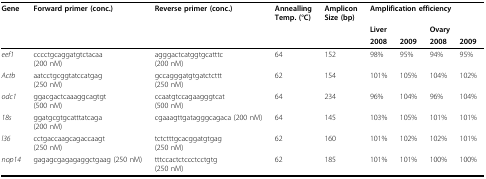
| Gene | Forward primer (conc.) | Reverse primer (conc.) | AnneallingTemp. (°C) | AmpliconSize (bp) | <COLSPAN=4> Amplification efficiency |
 |  |  |  |  |  | <COLSPAN=2> Liver | <COLSPAN=2> Ovary |
 |  |  |  |  |  | 2008 | 2009 | 2008 | 2009 |
 | --- | --- | --- | --- | --- | --- | --- | --- | --- |
 | eef1 | cccctgcaggatgtctacaa(200 nM) | agggactcatggtgcatttc(200 nM) | 64 | 152 | 98% | 95% | 94% | 95% |
 | Actb | aatcctgcggtatccatgag(250 nM) | gccagggatgtgatctcttt(250 nM) | 62 | 154 | 101% | 105% | 104% | 102% |
 | odc1 | ggacgactcaaaggcagtgt(500 nM) | ccaatgtccagaagggtcat(500 nM) | 64 | 234 | 96% | 104% | 96% | 104% |
 | 18s | ggatgcgtgcatttatcaga(200 nM) | cgaaagttgatagggcagaca (200 nM) | 64 | 145 | 103% | 105% | 101% | 101% |
 | l36 | cctgaccaagcagaccaagt(250 nM) | tctctttgcacggatgtgag(250 nM) | 62 | 160 | 101% | 102% | 102% | 101% |
 | nop14 | gagagcgagagaggctgaag (250 nM) | tttccactctccctcctgtg(250 nM) | 62 | 185 | 101% | 101% | 100% | 100% |